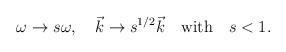
LaTeX: \begin{align*}\omega\to s\omega,\quad \vec k\to s^{1/2} \vec k\quad {\rm with} \quad s<1.\end{align*}